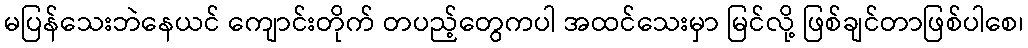
မပြန်သေးဘဲနေယင် ကျောင်းတိုက် တပည့်တွေကပါ အထင်သေးမှာ မြင်လို့ ဖြစ်ချင်တာဖြစ်ပါစေ၊